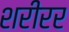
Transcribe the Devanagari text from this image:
शरीरर